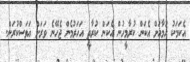
އެކަމަކު ހުމާއަށް އެކަން ކުރާމީހުން އެކަން ކުރާތީ އަހަރުމެން ޖެހޭނެ ވަރަށް އަވަސްކުރަން.